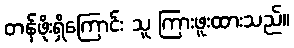
တန်ဖိုးရှိကြောင်း သူ ကြားဖူးထားသည်။